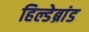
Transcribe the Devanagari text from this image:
हिल्डेब्रांड